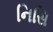
નિસિ